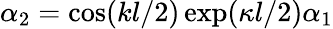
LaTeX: \alpha_{2}=\cos(kl/2)\exp(\kappa l/2)\alpha_{1}